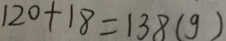
1 2 0 + 1 8 = 1 3 8 ( g )